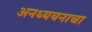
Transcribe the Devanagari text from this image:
अनध्ययनाचा